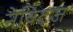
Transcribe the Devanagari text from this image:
नेविट्ज़